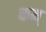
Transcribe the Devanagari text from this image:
कम्‌